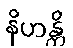
နိဟန္တိ